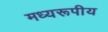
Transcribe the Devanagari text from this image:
मध्यरूपीय